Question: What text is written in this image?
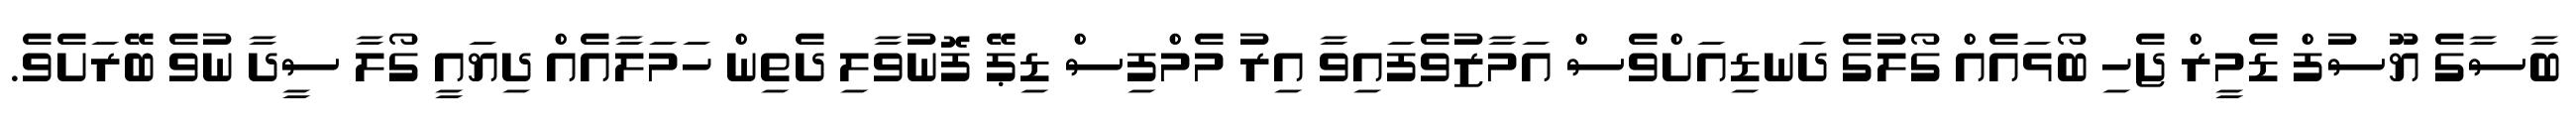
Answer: ބާސާގެ ޔޫސުފް ޑެމީރް ޖެހި ބޯޅައެއް ގޯލުގެ ދަނޑިއަށްވެސް އަމާޒުވެފައިވާ އިރު މެމްފިސް ޑިޕޭ ފޮނުވާލި ދެތިން ހަމަލާއެއް ދިޔައީ ގޯލާ ސީދާ ނުވެ ބޭރަށެވެ.